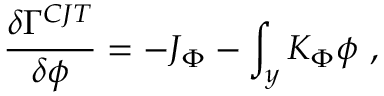
{ \frac { \delta \Gamma ^ { C J T } } { \delta \phi } } = - J _ { \Phi } - \int _ { y } K _ { \Phi } \phi ~ ,